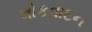
લોકવાદન